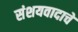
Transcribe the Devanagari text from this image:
संशयवादाचे